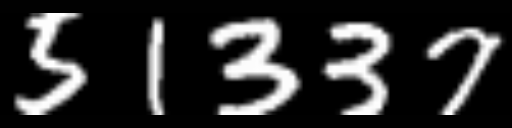
Text: 51337